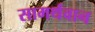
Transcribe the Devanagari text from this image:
सामर्थवान